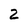
Character: 2